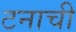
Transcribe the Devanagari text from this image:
टनाची